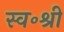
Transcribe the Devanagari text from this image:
स्व॰श्री